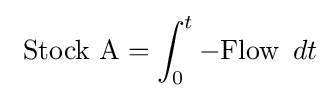
\ {\text{Stock A}}=\int _{0}^{t}-{\text{Flow }}\,dt